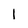
Character: 1